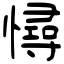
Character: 憳